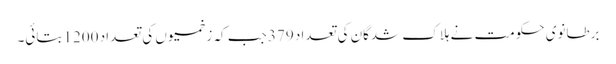
برطانوی حکومت نے ہلاک شدگان کی تعداد 379 جب کہ زخمیوں کی تعداد 1200 بتائی۔